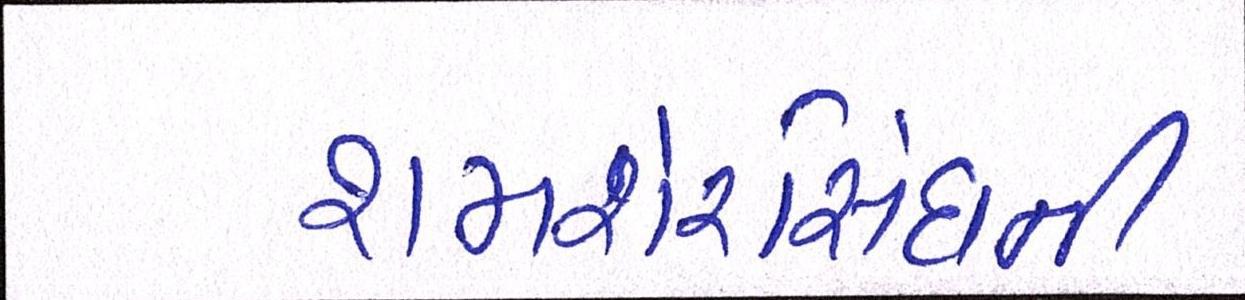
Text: શમશેરસિંઘની